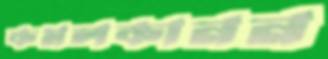
কমলকানন